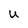
Character: U